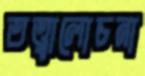
তত্ত্বালোচনা